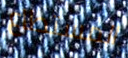
المستطاع